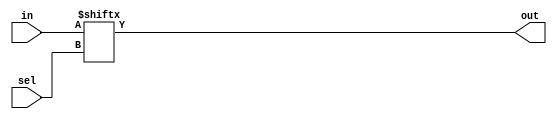
`timescale 1ns / 1ps


module mux_2_1(
    input wire [1:0] in,input wire sel,
    output wire out);
    assign out = in[sel];
endmodule